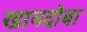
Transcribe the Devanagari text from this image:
खानदोबा